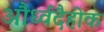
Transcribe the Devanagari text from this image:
और्ध्वदैहीक